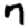
Digit: 7